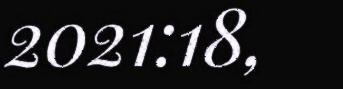
2021:18,